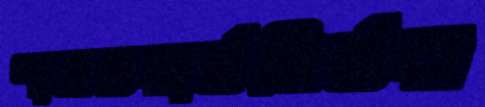
পাসওয়ার্ডনির্ভর